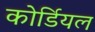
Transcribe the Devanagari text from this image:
कोर्डियल